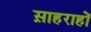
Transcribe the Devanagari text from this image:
स़ाहराहों